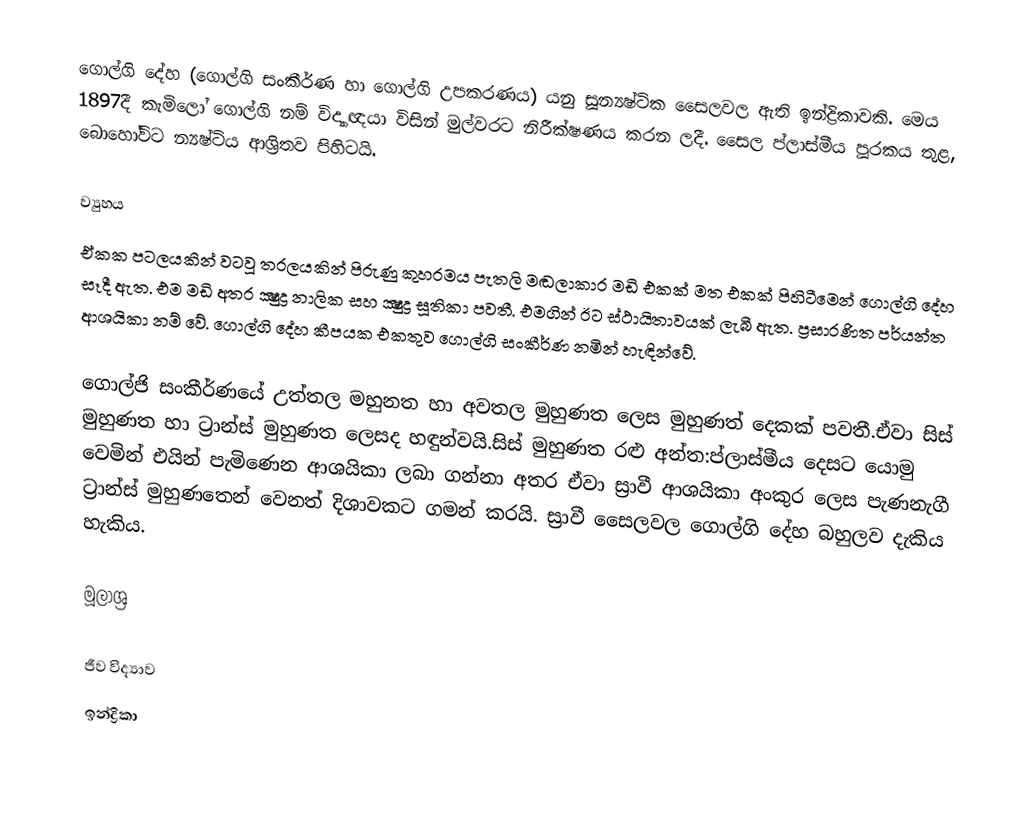
ගොල්ගි දේහ (ගොල්ගි සංකීර්ණ හා ගොල්ගි උපකරණය) යනු සූන්‍යෂ්ටික සෛලවල ඇති ඉන්ද්‍රිකාවකි. මෙය 1897දී කැමිලෝ ගොල්ගි නම් විද්‍යාඥයා විසින් මුල්වරට නිරීක්ෂණය කරන ලදී. සෛල ප්ලාස්මීය පූරකය තුළ, බොහෝවිට න්‍යෂ්ටිය ආශ්‍රිතව පිහිටයි.

ව්‍යුහය
ඒකක පටලයකින් වටවූ තරලයකින් පිරුණු කුහරමය පැතලි මඬලාකාර මඩි එකක් මත එකක් පිහිටීමෙන් ගොල්ගි දේහ සෑදී ඇත. එම මඩි අතර ක්‍ෂුද්‍ර නාලික සහ ක්‍ෂුද්‍ර සූතිකා පවතී. එමගින් ඊට ස්ථායිතාවයක් ලැබී ඇත. ප්‍රසාරණිත පර්යන්ත ආශයිකා නම් වේ. ගොල්ගි දේහ කීපයක එකතුව ගොල්ගි සංකීර්ණ නමින් හැඳින්වේ.

ගොල්ජි සංකීර්ණයේ උත්තල මහුනත හා අවතල මුහුණත ලෙස මුහුණත් දෙකක් පවතී.ඒවා සිස් මුහුණත හා ට්‍රාන්ස් මුහුණත ලෙසද හඳුන්වයි.සිස් මුහුණත රළු අන්ත:ප්ලාස්මීය දෙසට යොමු වෙමින් එයින් පැමිණෙන ආශයිකා ලබා ගන්නා අතර ඒවා ස්‍රාවී ආශයිකා අංකුර ලෙස පැණනැගී ට්‍රාන්ස් මුහුණතෙන් වෙනත් දිශාවකට ගමන් කරයි. ස්‍රාවී සෛලවල ගොල්ගි දේහ බහුලව දැකිය හැකිය.

මූලාශ්‍ර

ජීව විද්‍යාව
ඉන්ද්‍රිකා